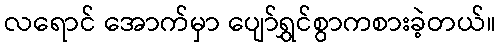
လရောင် အောက်မှာ ပျော်ရွှင်စွာကစားခဲ့တယ်။